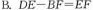
B.DE-BF=EF